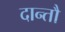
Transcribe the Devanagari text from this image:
दान्तौ